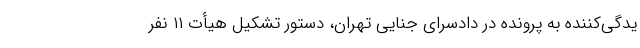
یدگی‌کننده به پرونده در دادسرای جنایی تهران، دستور تشکیل هیأت ۱۱ نفر